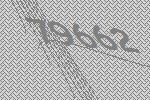
79662